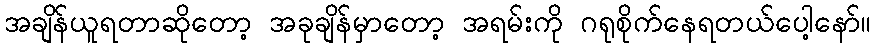
အချိန်ယူရတာဆိုတော့ အခုချိန်မှာတော့ အရမ်းကို ဂရုစိုက်နေရတယ်ပေါ့နော်။